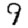
Digit: 9